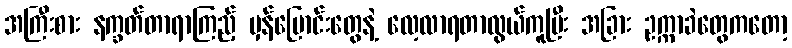
အကြီးစား နက္ခတ်တာရာကြည့် မှန်ပြောင်းတွေနဲ့ လေ့လာရတာလွယ်ကူပြီး အခြား ဥက္ကာခဲတွေကတော့